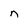
Character: n